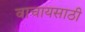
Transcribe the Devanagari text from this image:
वाचायसाठी